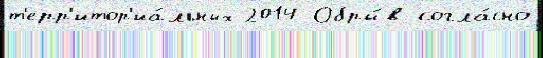
т'ерр'итор'иа́льных 2014 Обры́в согла́сно